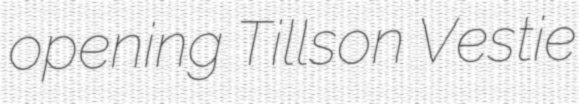
opening Tillson Vestie